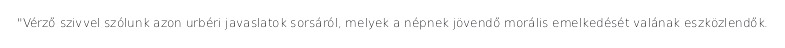
"Vérző szivvel szólunk azon urbéri javaslatok sorsáról, melyek a népnek jövendő morális emelkedését valának eszközlendők.